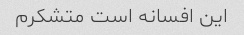
این افسانه است متشکرم